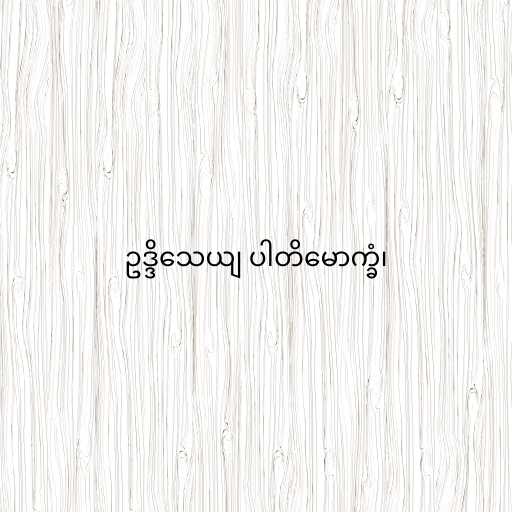
ဥဒ္ဒိသေယျ ပါတိမောက္ခံ၊